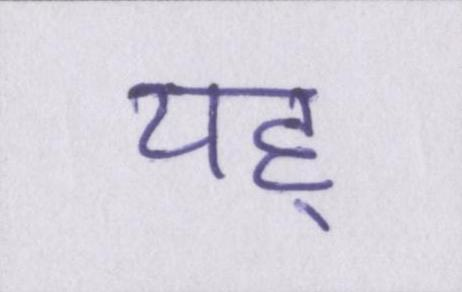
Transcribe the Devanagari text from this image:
यह्